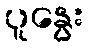
ပူနွေး